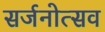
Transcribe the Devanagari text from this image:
सर्जनोत्सव